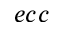
e c c